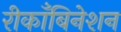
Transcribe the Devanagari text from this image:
रीकाँबिनेशन